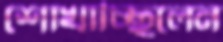
শোখাচ্ছিলেন